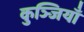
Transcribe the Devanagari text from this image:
कुञ्जियाँ